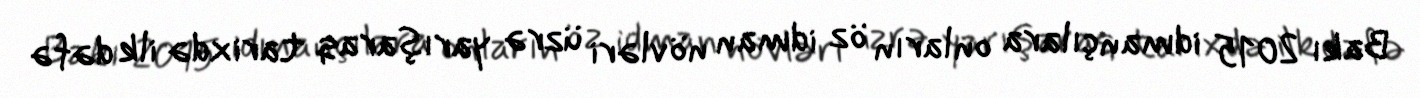
Bakı 2015 idmançılara onların öz idman növləri üzrə yarışaraq tarixdə ilk dəfə